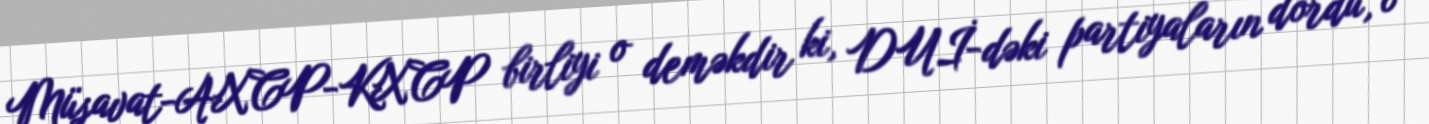
Müsavat-AXCP-KXCP birliyi o deməkdir ki, DUİ-dəki partiyaların dördü, o